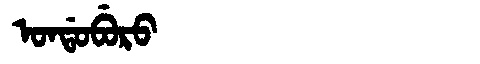
Manchu: ᠣᠨᡩᠣᠪᡠᡵᠣ
Romanization: ONDOBURO